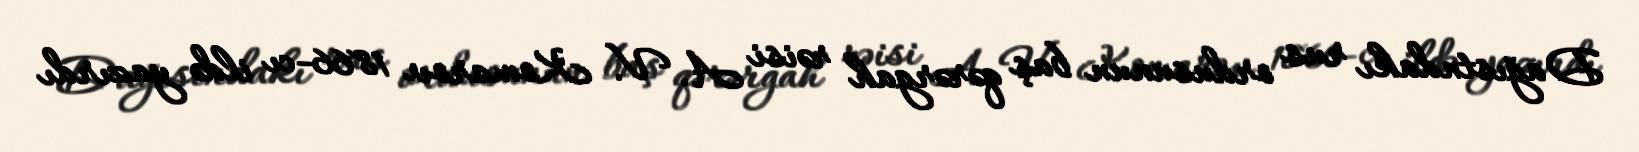
Dağıstndakı rus ordusunun baş qərərgah rəisi A. V. Komarov 1866-cı ildə yazırdı